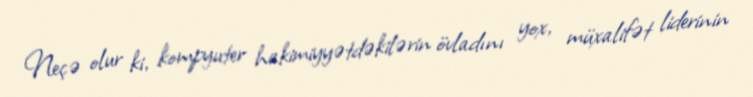
Neçə olur ki, kompyuter hakimiyyətdəkilərin övladını yox, müxalifət liderinin